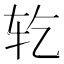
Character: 䢀